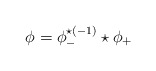
\begin{align*} \phi=\phi_{-}^{\star{(-1)}}\star \phi_{+} \end{align*}